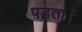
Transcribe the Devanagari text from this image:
पड़्ता।